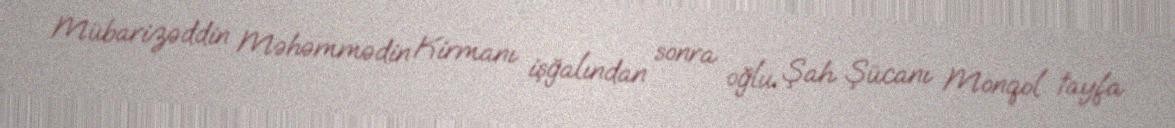
Mübarizəddin Məhəmmədin Kirmanı işğalından sonra oğlu Şah Şücanı Monqol tayfa